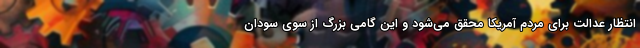
انتظار عدالت برای مردم آمریکا محقق می‌شود و این گامی بزرگ از سوی سودان